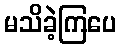
မသိခဲ့ကြပေ